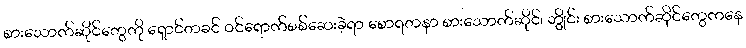
စားသောက်ဆိုင်တွေကို ရှောင်တခင် ဝင်ရောက်စစ်ဆေးခဲ့ရာ စောရတနာ စားသောက်ဆိုင်၊ ဘွိုင်း စားသောက်ဆိုင်တွေကနေ